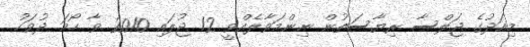
މިއަދުގެ ޖަލްސާ ރިޔާސަތުން ނިންމަވާލެއްވީ 12 ޖުލައި 2010 ވާ ހޯމަ ދުވަހު